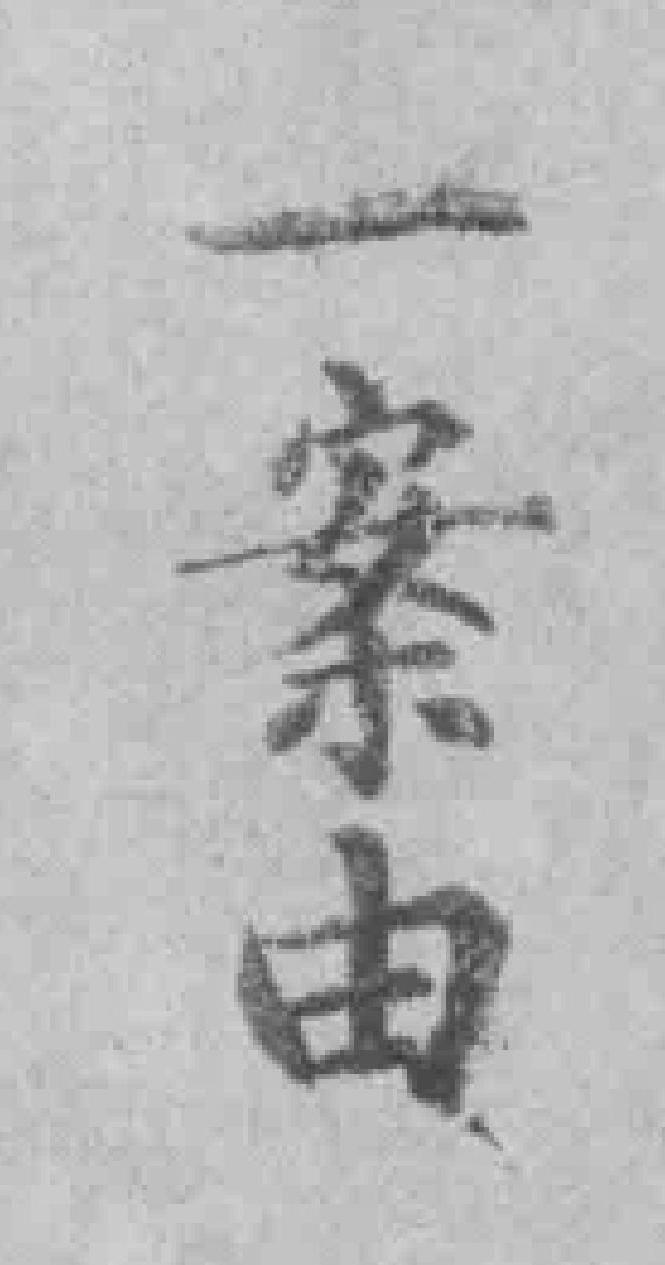
一案由